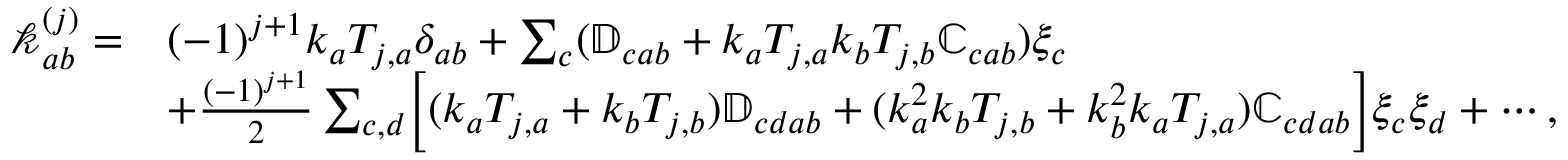
\begin{array} { r l } { \mathcal { k } _ { a b } ^ { ( j ) } = } & { ( - 1 ) ^ { j + 1 } k _ { a } T _ { j , a } \delta _ { a b } + \sum _ { c } ( \mathbb { D } _ { c a b } + k _ { a } T _ { j , a } k _ { b } T _ { j , b } \mathbb { C } _ { c a b } ) \xi _ { c } } \\ & { + \frac { ( - 1 ) ^ { j + 1 } } { 2 } \sum _ { c , d } \Bigl [ ( k _ { a } T _ { j , a } + k _ { b } T _ { j , b } ) \mathbb { D } _ { c d a b } + ( k _ { a } ^ { 2 } k _ { b } T _ { j , b } + k _ { b } ^ { 2 } k _ { a } T _ { j , a } ) \mathbb { C } _ { c d a b } \Bigl ] \xi _ { c } \xi _ { d } + \cdots , } \end{array}